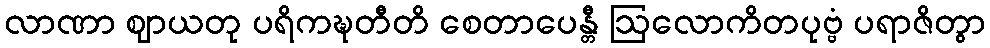
လာဏာ ဈာယတု ပရိကဍ္ဎတီတိ စေတာပေန္တီ ဩလောကိတပုဗ္ဗံ ပရာဇိတွာ